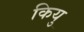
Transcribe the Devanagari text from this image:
कियु